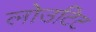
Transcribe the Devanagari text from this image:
लोउटिट